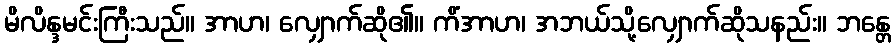
မိလိန္ဒမင်းကြီးသည်။ အာဟ၊ လျှောက်ဆို၏။ ကိံအာဟ၊ အဘယ်သို့လျှောက်ဆိုသနည်း။ ဘန္တေ